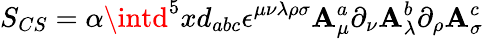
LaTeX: S_{CS}=\alpha\intd^{5}xd_{abc}\epsilon^{\mu\nu\lambda\rho\sigma}\mathbf{A}_{\mu}^{a}\partial_{\nu}\mathbf{A}_{\lambda}^{b}\partial_{\rho}\mathbf{A}_{\sigma}^{c}